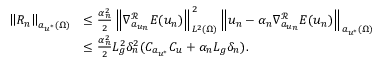
\begin{array} { r l } { \left\Vert R _ { n } \right\Vert _ { a _ { u ^ { * } } ( \Omega ) } } & { \leq \frac { \alpha _ { n } ^ { 2 } } { 2 } \left\Vert \nabla _ { a _ { u _ { n } } } ^ { \mathcal { R } } E ( u _ { n } ) \right\Vert _ { L ^ { 2 } ( \Omega ) } ^ { 2 } \left\Vert u _ { n } - \alpha _ { n } \nabla _ { a _ { u _ { n } } } ^ { \mathcal { R } } E ( u _ { n } ) \right\Vert _ { a _ { u ^ { * } } ( \Omega ) } } \\ & { \leq \frac { \alpha _ { n } ^ { 2 } } { 2 } L _ { g } ^ { 2 } \delta _ { n } ^ { 2 } ( C _ { a _ { u ^ { * } } } C _ { u } + \alpha _ { n } L _ { g } \delta _ { n } ) . } \end{array}